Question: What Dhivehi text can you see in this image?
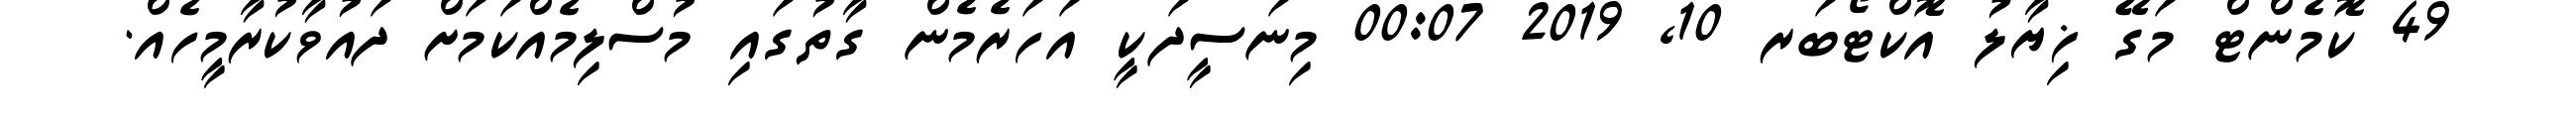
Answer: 49 ކޮމެންޓް މަގޭ ޚިޔާލު އޮކްޓޯބަރ 10, 2019 00:07 މިނަސީދަކީ އަހަރެމެން ގާތުގައި މުސްލިމެއްކަމަށް ދައުވާކުރާމީހެއް.